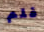
فلم